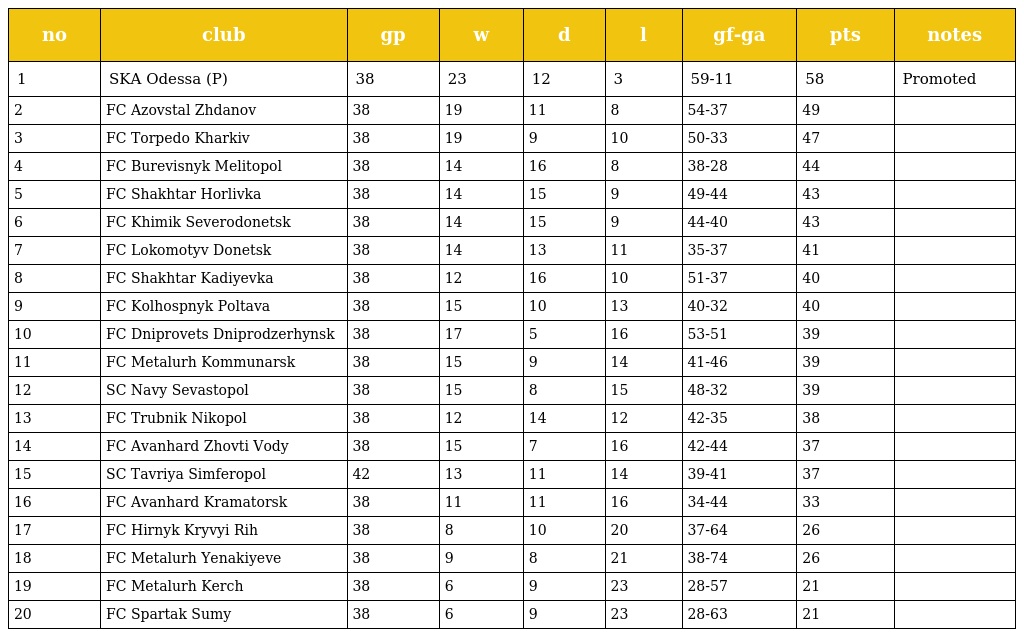
| no | club | gp | w | d | l | gf-ga | pts | notes |
 | --- | --- | --- | --- | --- | --- | --- | --- | --- |
 | 1 | SKA Odessa (P) | 38 | 23 | 12 | 3 | 59-11 | 58 | Promoted |
 | 2 | FC Azovstal Zhdanov | 38 | 19 | 11 | 8 | 54-37 | 49 |  |
 | 3 | FC Torpedo Kharkiv | 38 | 19 | 9 | 10 | 50-33 | 47 |  |
 | 4 | FC Burevisnyk Melitopol | 38 | 14 | 16 | 8 | 38-28 | 44 |  |
 | 5 | FC Shakhtar Horlivka | 38 | 14 | 15 | 9 | 49-44 | 43 |  |
 | 6 | FC Khimik Severodonetsk | 38 | 14 | 15 | 9 | 44-40 | 43 |  |
 | 7 | FC Lokomotyv Donetsk | 38 | 14 | 13 | 11 | 35-37 | 41 |  |
 | 8 | FC Shakhtar Kadiyevka | 38 | 12 | 16 | 10 | 51-37 | 40 |  |
 | 9 | FC Kolhospnyk Poltava | 38 | 15 | 10 | 13 | 40-32 | 40 |  |
 | 10 | FC Dniprovets Dniprodzerhynsk | 38 | 17 | 5 | 16 | 53-51 | 39 |  |
 | 11 | FC Metalurh Kommunarsk | 38 | 15 | 9 | 14 | 41-46 | 39 |  |
 | 12 | SC Navy Sevastopol | 38 | 15 | 8 | 15 | 48-32 | 39 |  |
 | 13 | FC Trubnik Nikopol | 38 | 12 | 14 | 12 | 42-35 | 38 |  |
 | 14 | FC Avanhard Zhovti Vody | 38 | 15 | 7 | 16 | 42-44 | 37 |  |
 | 15 | SC Tavriya Simferopol | 42 | 13 | 11 | 14 | 39-41 | 37 |  |
 | 16 | FC Avanhard Kramatorsk | 38 | 11 | 11 | 16 | 34-44 | 33 |  |
 | 17 | FC Hirnyk Kryvyi Rih | 38 | 8 | 10 | 20 | 37-64 | 26 |  |
 | 18 | FC Metalurh Yenakiyeve | 38 | 9 | 8 | 21 | 38-74 | 26 |  |
 | 19 | FC Metalurh Kerch | 38 | 6 | 9 | 23 | 28-57 | 21 |  |
 | 20 | FC Spartak Sumy | 38 | 6 | 9 | 23 | 28-63 | 21 |  |